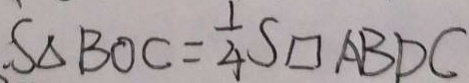
. S _ { \Delta B O C } = \frac { 1 } { 4 } S \square A B D C